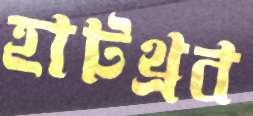
হাটথ্রব